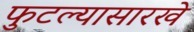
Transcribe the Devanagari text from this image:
फुटल्यासारखे